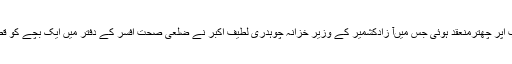
اس سلسلہ میں مرکزی تقریب اپر چھترمنعقد ہوئی جس میںآ زادکشمیر کے وزیر خزانہ چوہدری لطیف اکبر نے ضلعی صحت افسر کے دفتر میں ایک بچے کو قطرے پلا کر مہم کا آغاز کیا۔